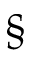
\mathsection